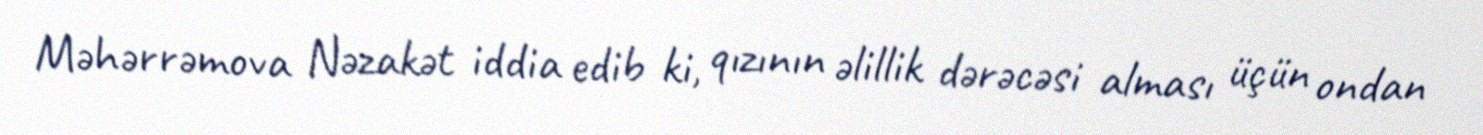
Məhərrəmova Nəzakət iddia edib ki, qızının əlillik dərəcəsi alması üçün ondan